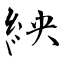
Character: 紻